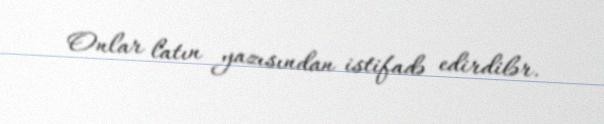
Onlar latın yazısından istifadə edirdilər.